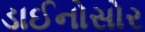
ડાઈનોસોર